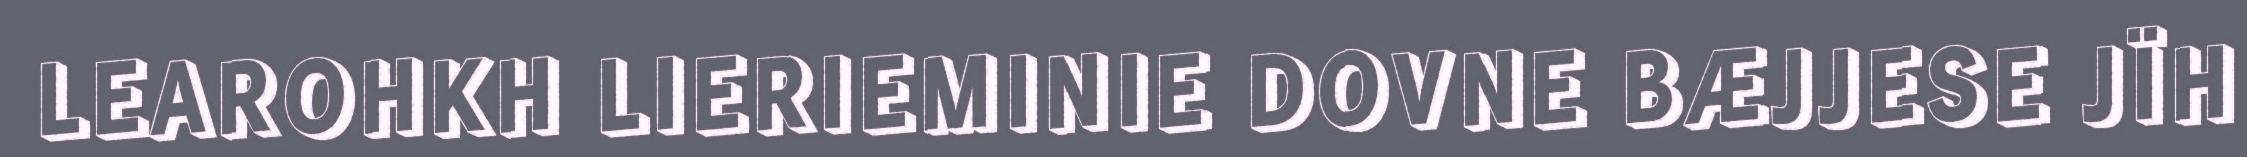
LEAROHKH LIERIEMINIE DOVNE BÆJJESE JÏH